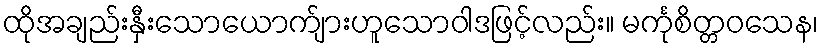
ထိုအချည်းနှီးသောယောက်ျားဟူသောဝါဒဖြင့်လည်း။ မင်္ကုစိတ္တဝသေန၊